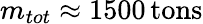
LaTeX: m_{tot}\approx 1500\, {\mathrm{tons}}